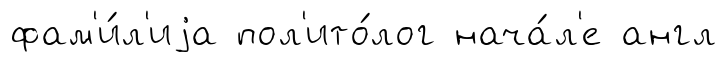
фам'и́л'иjа пол'ито́лог нача́л'е англ